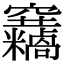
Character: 𥩓